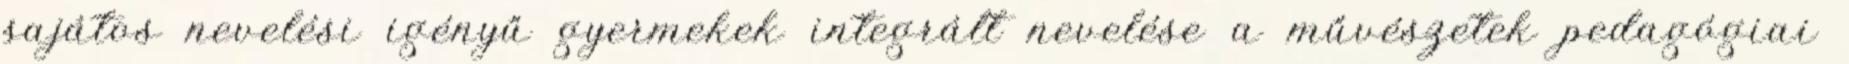
sajátos nevelési igényű gyermekek integrált nevelése a művészetek pedagógiai